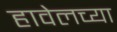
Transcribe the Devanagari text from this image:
हावेलच्या